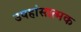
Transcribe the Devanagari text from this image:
उपहांसात्मक